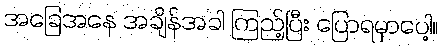
အခြေအနေ အချိန်အခါ ကြည့်ပြီး ပြောရမှာပေါ့။